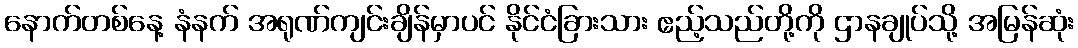
နောက်တစ်နေ့ နံနက် အရုဏ်ကျင်းချိန်မှာပင် နိုင်ငံခြားသား ဧည့်သည်တို့ကို ဌာနချုပ်သို့ အမြန်ဆုံး